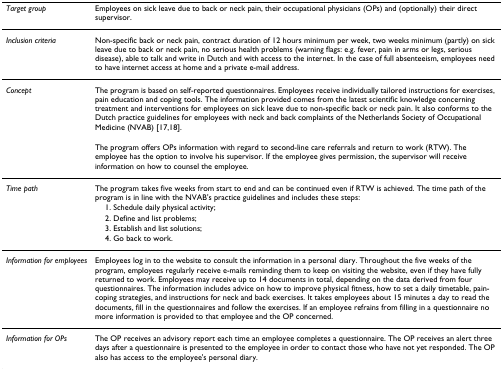
<table><thead><tr><td><b><i>Target group</i></b></td><td><b>Employees on sick leave due to back or neck pain, their occupational physicians (OPs) and (optionally) their direct supervisor.</b></td></tr></thead><tbody><tr><td><i>Inclusion criteria</i></td><td>Non-specific back or neck pain, contract duration of 12 hours minimum per week, two weeks minimum (partly) on sick leave due to back or neck pain, no serious health problems (warning flags: e.g. fever, pain in arms or legs, serious disease), able to talk and write in Dutch and with access to the internet. In the case of full absenteeism, employees need to have internet access at home and a private e-mail address.</td></tr><tr><td><i>Concept</i></td><td>The program is based on self-reported questionnaires. Employees receive individually tailored instructions for exercises, pain education and coping tools. The information provided comes from the latest scientific knowledge concerning treatment and interventions for employees on sick leave due to non-specific back or neck pain. It also conforms to the Dutch practice guidelines for employees with neck and back complaints of the Netherlands Society of Occupational Medicine (NVAB) [17,18].</td></tr><tr><td></td><td>The program offers OPs information with regard to second-line care referrals and return to work (RTW). The employee has the option to involve his supervisor. If the employee gives permission, the supervisor will receive information on how to counsel the employee.</td></tr><tr><td><i>Time path</i></td><td>The program takes five weeks from start to end and can be continued even if RTW is achieved. The time path of the program is in line with the NVAB&#x27;s practice guidelines and includes these steps:</td></tr><tr><td></td><td> 1. Schedule daily physical activity;</td></tr><tr><td></td><td> 2. Define and list problems;</td></tr><tr><td></td><td> 3. Establish and list solutions;</td></tr><tr><td></td><td> 4. Go back to work.</td></tr><tr><td><i>Information for employees</i></td><td>Employees log in to the website to consult the information in a personal diary. Throughout the five weeks of the program, employees regularly receive e-mails reminding them to keep on visiting the website, even if they have fully returned to work. Employees may receive up to 14 documents in total, depending on the data derived from four questionnaires. The information includes advice on how to improve physical fitness, how to set a daily timetable, pain-coping strategies, and instructions for neck and back exercises. It takes employees about 15 minutes a day to read the documents, fill in the questionnaires and follow the exercises. If an employee refrains from filling in a questionnaire no more information is provided to that employee and the OP concerned.</td></tr><tr><td><i>Information for OPs</i></td><td>The OP receives an advisory report each time an employee completes a questionnaire. The OP receives an alert three days after a questionnaire is presented to the employee in order to contact those who have not yet responded. The OP also has access to the employee&#x27;s personal diary.</td></tr></tbody></table>